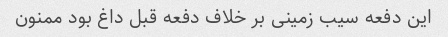
این دفعه سیب زمینی بر خلاف دفعه قبل داغ بود ممنون